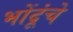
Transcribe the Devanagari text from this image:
भोंदूंचे